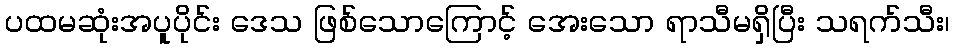
ပထမဆုံးအပူပိုင်း ဒေသ ဖြစ်သောကြောင့် အေးသော ရာသီမရှိပြီး သရက်သီး၊